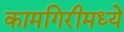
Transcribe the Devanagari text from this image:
कामगिरीमध्ये